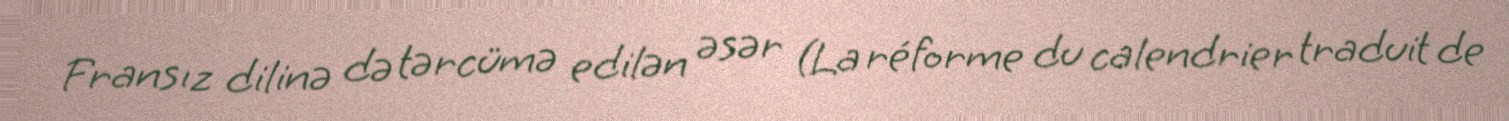
Fransız dilinə də tərcümə edilən əsər (La réforme du calendrier traduit de